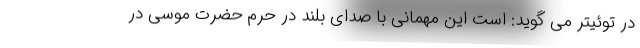
در توئیتر می گوید: است این مهمانی با صدای بلند در حرم حضرت موسی در